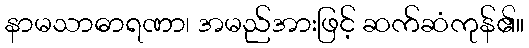
နာမသာဓာရဏာ၊ အမည်အားဖြင့် ဆက်ဆံကုန်၏။